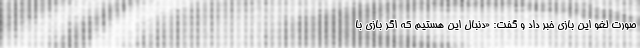
صورت لغو این بازی خبر داد و گفت: «دنبال این هستیم که اگر بازی با